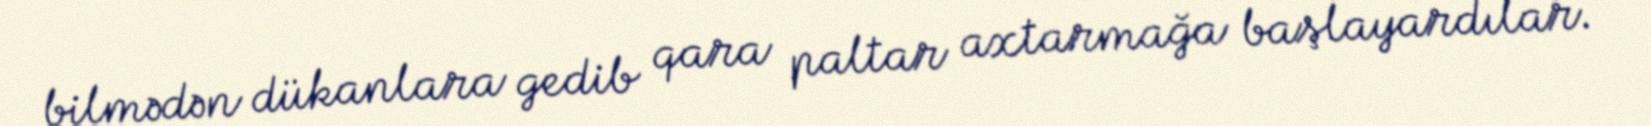
bilmədən dükanlara gedib qara paltar axtarmağa başlayardılar.